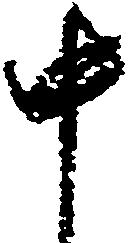
中